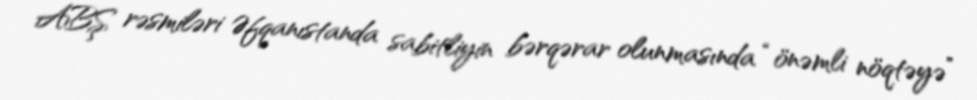
ABŞ rəsmiləri Əfqanıstanda sabitliyin bərqərar olunmasında “önəmli nöqtəyə”